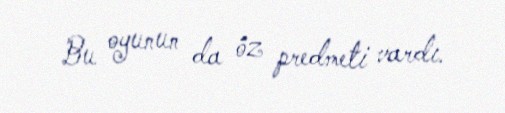
Bu oyunun da öz predmeti vardı.